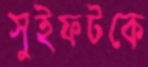
সুইফটকে